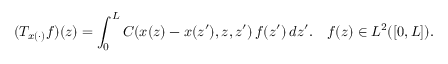
( T _ { x ( \cdot ) } f ) ( z ) = \int _ { 0 } ^ { L } C ( x ( z ) - x ( z ^ { \prime } ) , z , z ^ { \prime } ) \, f ( z ^ { \prime } ) \, d z ^ { \prime } . \ \ \ f ( z ) \in L ^ { 2 } ( [ 0 , L ] ) .